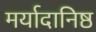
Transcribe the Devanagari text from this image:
मर्यादानिष्ठ